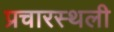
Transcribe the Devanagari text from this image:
प्रचारस्‍थली